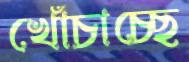
খোঁচাচ্ছে